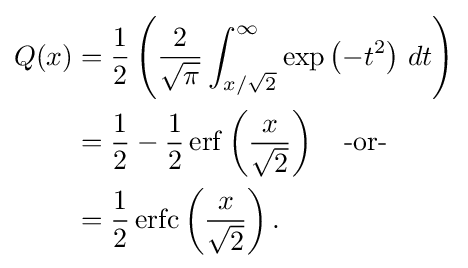
{\begin{aligned}Q(x)&={\frac {1}{2}}\left({\frac {2}{\sqrt {\pi }}}\int _{x/{\sqrt {2}}}^{\infty }\exp \left(-t^{2}\right)\,dt\right)\\&={\frac {1}{2}}-{\frac {1}{2}}\operatorname {erf} \left({\frac {x}{\sqrt {2}}}\right)~~{\text{ -or-}}\\&={\frac {1}{2}}\operatorname {erfc} \left({\frac {x}{\sqrt {2}}}\right).\end{aligned}}